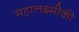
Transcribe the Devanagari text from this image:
महालक्ष्मीकी